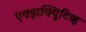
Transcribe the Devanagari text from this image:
एक्झक्यिूटिव्ह